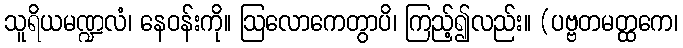
သူရိယမဏ္ဍလံ၊ နေဝန်းကို။ ဩလောကေတွာပိ၊ ကြည့်၍လည်း။ (ပဗ္ဗတမတ္ထကေ၊